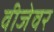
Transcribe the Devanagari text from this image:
वीजेवर